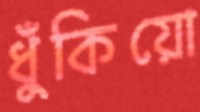
ধুঁকিয়ো